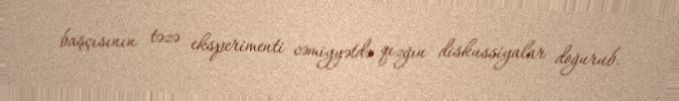
başçısının təzə eksperimenti cəmiyyətdə qızğın diskussiyalar doğurub.